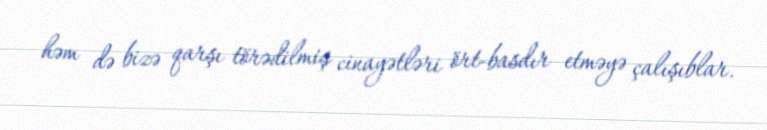
həm də bizə qarşı törədilmiş cinayətləri ört-basdır etməyə çalışıblar.